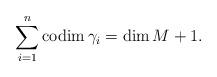
LaTeX: \begin{align*}\sum_{i=1}^n {\rm codim}\, \gamma_i={\rm dim}\, M+1.\end{align*}